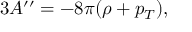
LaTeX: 3 A ^ { \prime \prime } = - 8 \pi ( \rho + p _ { T } ) ,